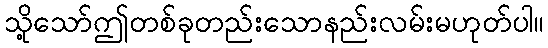
သို့သော်ဤတစ်ခုတည်းသောနည်းလမ်းမဟုတ်ပါ။